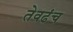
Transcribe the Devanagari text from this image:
तेवढंच